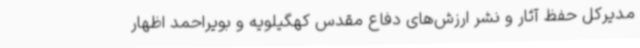
مدیرکل حفظ آثار و نشر ارزش‌های دفاع مقدس کهگیلویه و بویراحمد اظهار